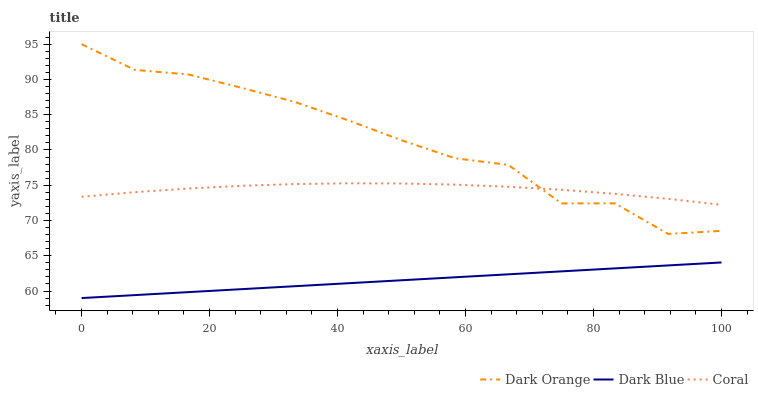
| xaxis_label | Dark Orange | Dark Blue | Coral |
 | --- | --- | --- | --- |
 | 0 | 95 | 59 | 73.4 |
 | 8.33 | 91.4 | 59.4 | 74 |
 | 16.7 | 90.7 | 59.8 | 74.5 |
 | 25 | 88.8 | 60.3 | 74.9 |
 | 33.3 | 86.8 | 60.7 | 75.2 |
 | 41.7 | 84.2 | 61.1 | 75.3 |
 | 50 | 81.4 | 61.5 | 75.2 |
 | 58.3 | 78.8 | 61.9 | 75.1 |
 | 66.7 | 77.9 | 62.4 | 74.8 |
 | 75 | 72.4 | 62.8 | 74.4 |
 | 83.3 | 72.4 | 63.2 | 73.8 |
 | 91.7 | 68.1 | 63.6 | 73.1 |
 | 100 | 68.5 | 64.1 | 72.2 |